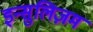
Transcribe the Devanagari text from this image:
इन्सुलिज़म